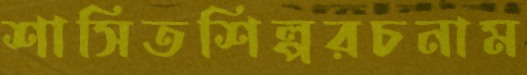
শাসিতশিল্পরচনাম